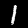
Digit: 1